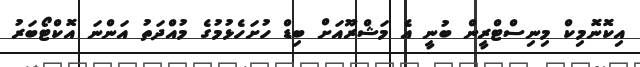
އިކޮނޮމިކް މިނިސްޓްރީން ބުނީ އެ މަޝްރޫއަށް ބިޑް ހުށަހެޅުމުގެ މުއްދަތު އަންނަ އޮކްޓޯބަރު